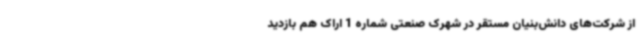
از شرکت‌های دانش‌بنیان مستقر در شهرک صنعتی شماره 1 اراک هم بازدید